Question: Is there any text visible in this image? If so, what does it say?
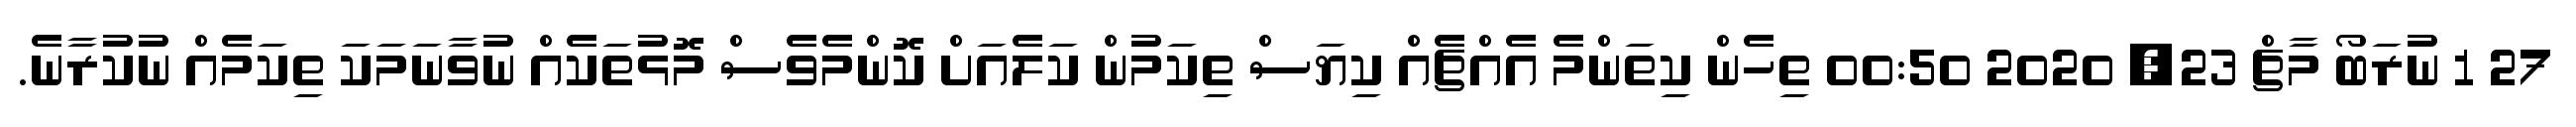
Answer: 27 1 ނުރަބޯ މާޗް 23, 2020 00:50 ތިހެން ކިތަންމެ އެއްޗެއް ކިޔަސް ތިކަމުން ކަލެއަށް ކޮންމެވެސް މޮޅުތަކެއް ނުވާނަމަކަ ތިކަމެއް ނުކުރާނެ.